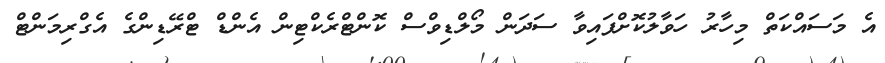
އެ މަސައްކަތް މިހާރު ހަވާލުކޮށްފައިވާ ސަދަން މޯލްޑިވްސް ކޮންޓްރެކްޓިން އެންޑް ޓްރޭޑިންގެ އެގްރިމަންޓް